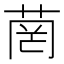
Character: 菵